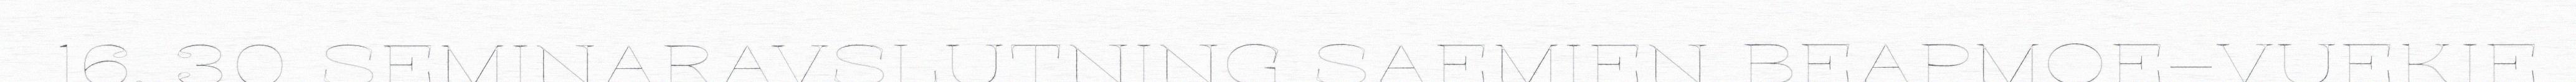
16. 30 SEMINARAVSLUTNING SAEMIEN BEAPMOE–VUEKIE